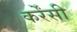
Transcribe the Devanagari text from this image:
कर्रेंसी